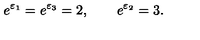
e ^ { \varepsilon _ { 1 } } = e ^ { \varepsilon _ { 3 } } = 2 , \qquad e ^ { \varepsilon _ { 2 } } = 3 .